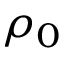
\rho _ { 0 }